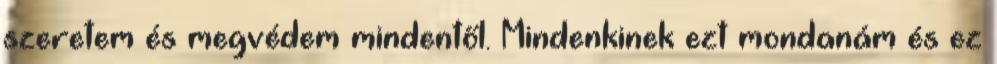
szeretem és megvédem mindentől. Mindenkinek ezt mondanám és ez